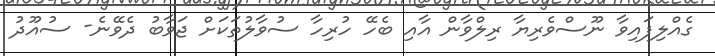
ގެއްލިފައިވާ ނޫސްވެރިޔާ ރިލްވާން އާއި ބެހޭ ހުރިހާ ސުވާލުތަކަށް ޖަވާބު ދެވޭނެ- ސުއޫދު